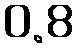
0.8